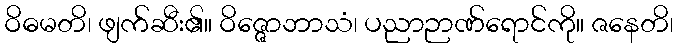
ဝိဓမတိ၊ ဖျက်ဆီး၏။ ဝိဇ္ဇောဘာသံ၊ ပညာဉာဏ်ရောင်ကို။ ဇနေတိ၊